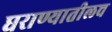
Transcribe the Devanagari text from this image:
घराण्यातीलच